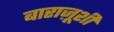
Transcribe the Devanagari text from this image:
बाराज़ूशी